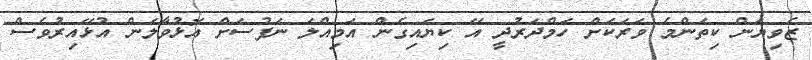
ޒެވިޔަން ކިތަންމެ ވަރަކަށް ހަމްދަރުދީ އޭ ކިޔައިގެން އަމިއްލަ ނަފުސަށް އޮޅުވާލަން އުޅޭއިރުވެސް